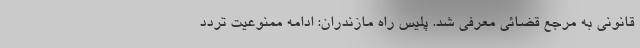
قانونی به مرجع قضائی معرفی شد. پلیس راه مازندران: ادامه ممنوعیت تردد